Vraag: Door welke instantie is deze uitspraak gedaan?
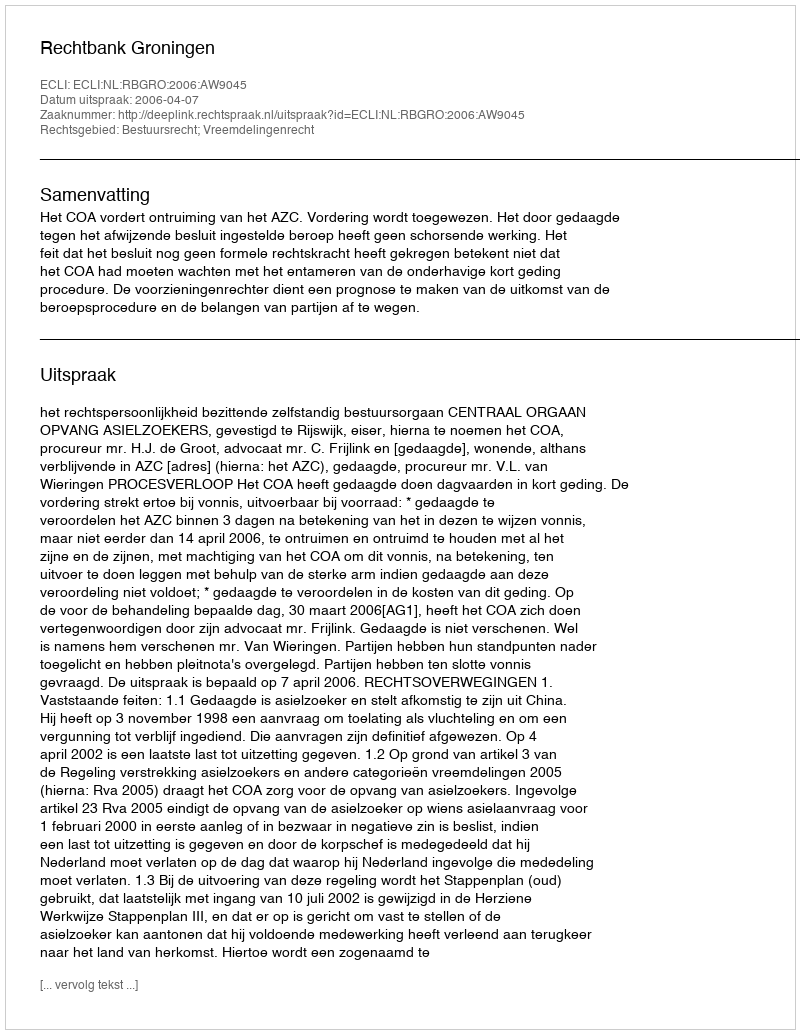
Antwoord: Rechtbank Groningen